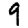
Digit: 9